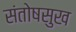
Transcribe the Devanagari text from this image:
संतोषसुख